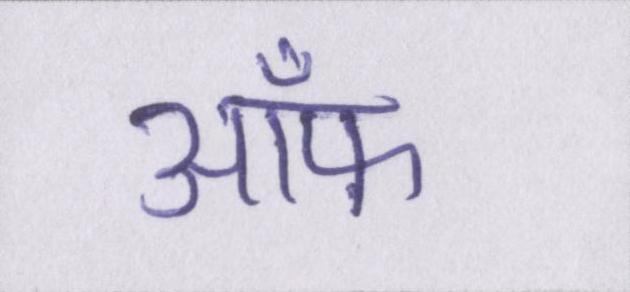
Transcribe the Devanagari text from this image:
ऑफ़